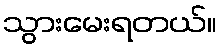
သွားမေးရတယ်။